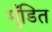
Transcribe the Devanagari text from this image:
मुँडित